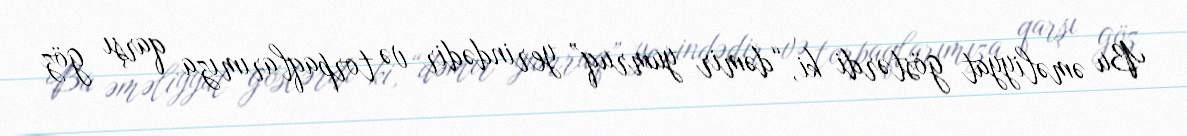
Bu əməliyyat göstərdi ki, “dəmir yumruq” yerindədir və torpaqlarımıza qarşı göz